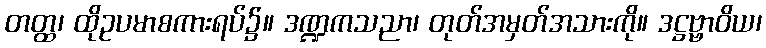
တတ္ထ၊ ထိုဥပမာစကားရပ်၌။ ဒဏ္ဍကသညာ၊ တုတ်အမှတ်အသားကို။ ဒဋ္ဌဗ္ဗာဝိယ၊